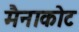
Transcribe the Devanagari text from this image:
मैनाकोट